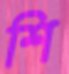
শি